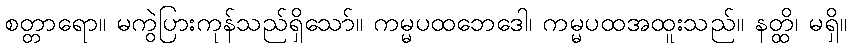
စတ္တာရော။ မကွဲပြားကုန်သည်ရှိသော်။ ကမ္မပထဘေဒေါ၊ ကမ္မပထအထူးသည်။ နတ္ထိ၊ မရှိ။